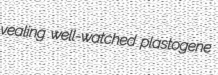
vealing well-watched plastogene